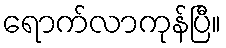
ရောက်လာကုန်ပြီ။